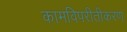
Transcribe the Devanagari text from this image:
कामविपरीतीकरण